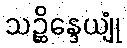
သဉ္ဆိန္ဒေယျုံ